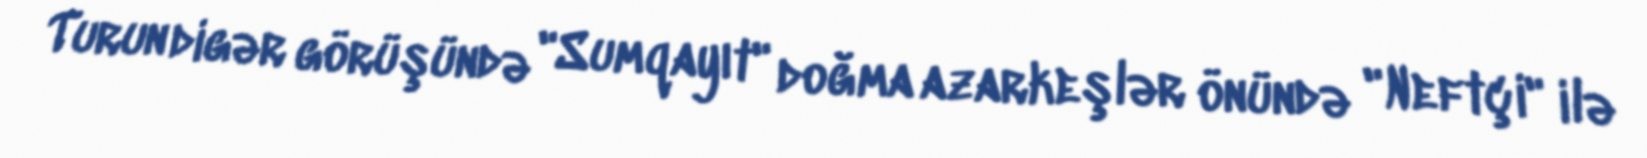
Turun digər görüşündə "Sumqayıt" doğma azarkeşlər önündə "Neftçi" ilə